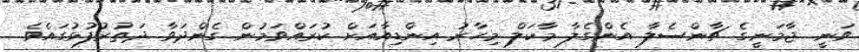
ވަނީ ޖާމަނީގެ ޗާންސެލާ އެންގެލާ މާކަލް މިހާރު އިންޑިއާއަށް ކުރައްވަމުން ގެންދަވާ ދަތުރުފުޅުގައެވެ.